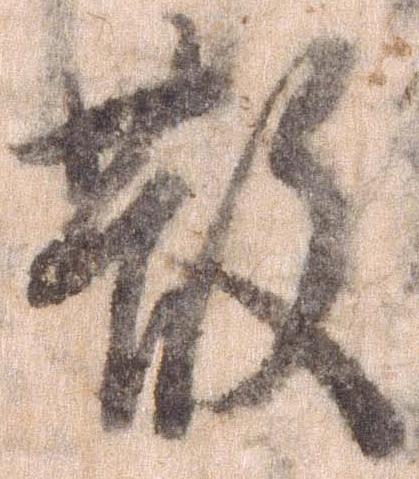
散